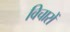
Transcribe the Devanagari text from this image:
विचारों